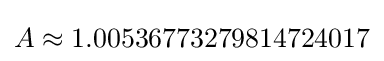
A\approx 1.00536773279814724017